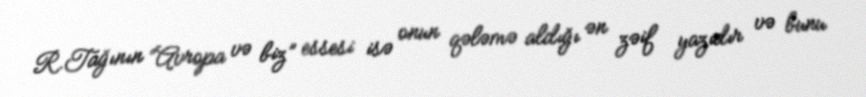
R.Tağının “Avropa və biz” essesi isə onun qələmə aldığı ən zəif yazıdır və bunu